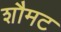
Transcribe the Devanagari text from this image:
शौमट